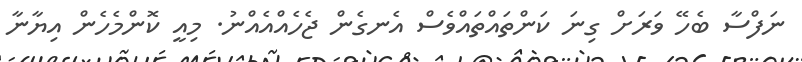
ނަފްސާ ބެހޭ ވަރަށް ގިނަ ކަންތައްތައްވެސް އެނގެން ޖެހެއްއެއްނު. މިއީ ކޮންމެހެން އިޔާނާ